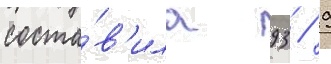
соста́в'ила 93 / 9